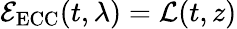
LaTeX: \mathcal E_{\mathrm{ECC}}(t,\lambda)=\mathcal L(t,z)